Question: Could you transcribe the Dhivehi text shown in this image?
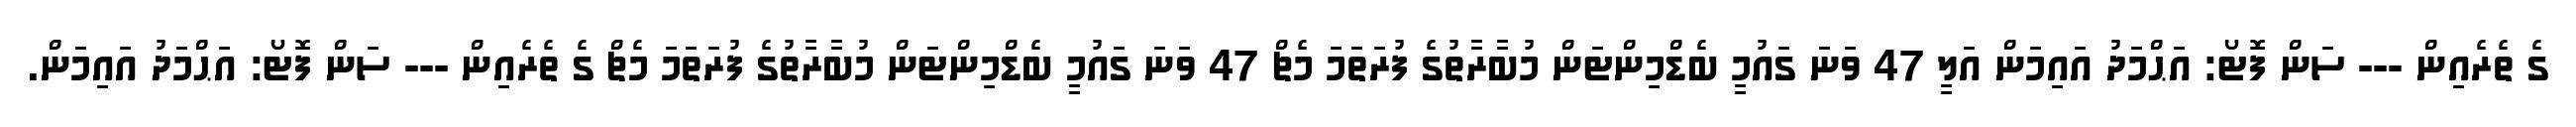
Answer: ގެ ތެރެއިން --- ސަން ފޮޓޯ: އަޙްމަދު އައިމަން އަލީ 47 ވަނަ ގައުމީ ބެޑްމިންޓަން މުބާރާތުގެ ފުރަތަމަ މެޗް 47 ވަނަ ގައުމީ ބެޑްމިންޓަން މުބާރާތުގެ ފުރަތަމަ މެޗް ގެ ތެރެއިން --- ސަން ފޮޓޯ: އަޙްމަދު އައިމަން.